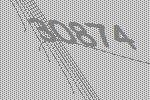
30874